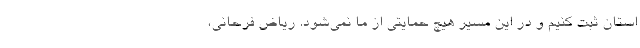
استان ثبت کنیم و در این مسیر هیچ حمایتی از ما نمی‌شود. ریاض فرحانی،